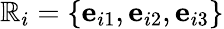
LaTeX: {\mathbb{R}}_{i}=\{ \mathbf{{e}}_{i1},\mathbf{{e}}_{i2},\mathbf{{e}}_{i3}\}